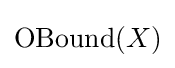
\operatorname {OBound} (X)